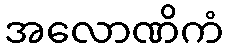
အလောဏိကံ